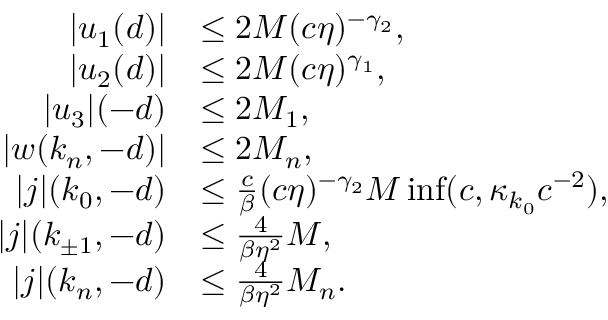
\begin{array} { r l } { | u _ { 1 } ( d ) | } & { \le 2 M ( c \eta ) ^ { - \gamma _ { 2 } } , } \\ { | u _ { 2 } ( d ) | } & { \le 2 M ( c \eta ) ^ { \gamma _ { 1 } } , } \\ { \vert u _ { 3 } \vert ( - d ) } & { \le 2 M _ { 1 } , } \\ { \vert w ( k _ { n } , - d ) \vert } & { \le 2 M _ { n } , } \\ { \vert j \vert ( k _ { 0 } , - d ) } & { \le \frac c \beta ( c \eta ) ^ { - \gamma _ { 2 } } M \operatorname* { i n f } ( c , \kappa _ { k _ { 0 } } c ^ { - 2 } ) , } \\ { \vert j \vert ( k _ { \pm 1 } , - d ) } & { \le \frac 4 { \beta \eta ^ { 2 } } M , } \\ { \vert j \vert ( k _ { n } , - d ) } & { \le \frac 4 { \beta \eta ^ { 2 } } M _ { n } . } \end{array}